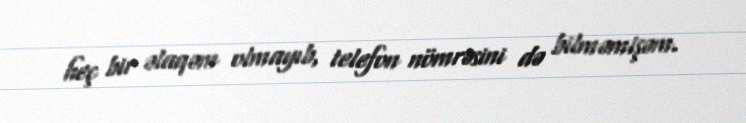
heç bir əlaqəm olmayıb, telefon nömrəsini də bilməmişəm.